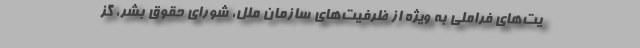
یت‌های فراملی به ویژه از ظرفیت‌های سازمان ملل، شورای حقوق بشر، گز